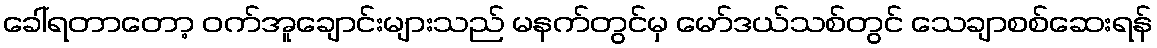
ခေါ်ရတာတော့ ဝက်အူချောင်းများသည် မနက်တွင်မှ မော်ဒယ်သစ်တွင် သေချာစစ်ဆေးရန်